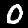
Label: 0